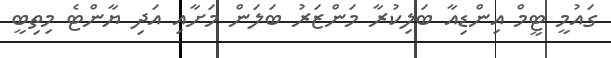
ގައުމީ ޓީމް އިންޑިއާ ބަލިކުރާ މަންޒަަރު ބަލަން މަށާއި އަދި ޔާންޓެ މިތިބީ